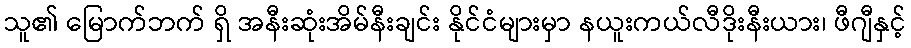
သူ၏ မြောက်ဘက် ရှိ အနီးဆုံးအိမ်နီးချင်း နိုင်ငံများမှာ နယူးကယ်လီဒိုးနီးယား၊ ဖီဂျီနှင့်